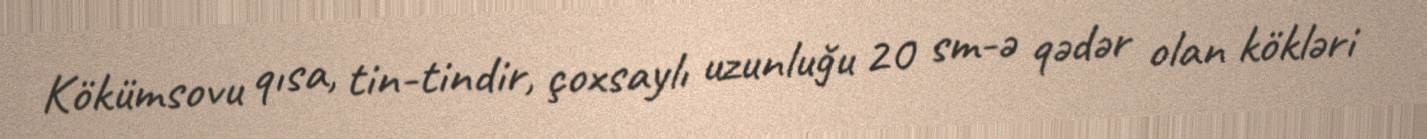
Kökümsovu qısa, tin-tindir, çoxsaylı uzunluğu 20 sm-ə qədər olan kökləri